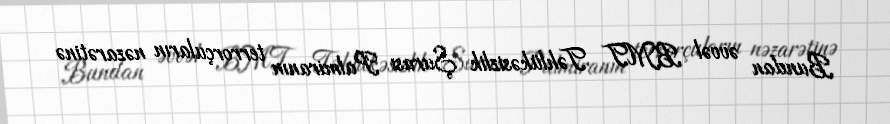
Bundan əvvəl BMT Təhlükəsizlik Şurası Palmiranın terrorçuların nəzarətinə